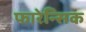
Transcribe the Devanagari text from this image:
फारेन्सिक